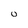
Character: 0